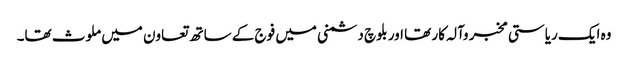
وہ ایک ریاستی مخبر وآلہ کار تھا اور بلوچ دشمنی میں فوج کے ساتھ تعاون میں ملوث تھا۔